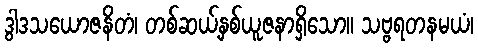
ဒွါဒသယောဇနိတံ၊ တစ်ဆယ့်နှစ်ယူဇနာရှိသော။ သဗ္ဗရတနမယံ၊